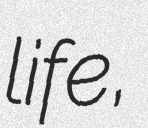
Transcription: life,